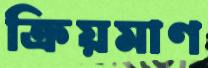
ক্রিয়মাণ